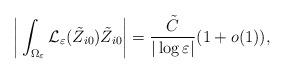
LaTeX: \begin{align*}\bigg|\int_{\Omega_{\varepsilon}}\mathcal{L}_{\varepsilon}(\tilde{Z}_{i0})\tilde{Z}_{i0}\bigg|=\frac{\tilde{C}}{|\log\varepsilon|}(1+o(1)),\end{align*}